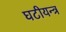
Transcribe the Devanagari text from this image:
घटीयन्त्र